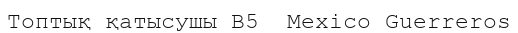
Топтық қатысушы B5  Mexico Guerreros